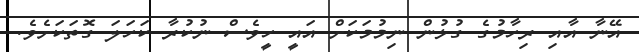
އޭނާ އާއި ރިހާމުގެ ގުޅުން ނިމުމަކަށް އައީ ހީވެސް ނުކުރާ ކަހަލަ ގޮތަކަށެވެ.